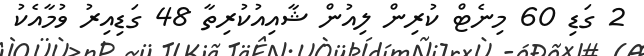
2 ގަޑި 60 މިނެޓް ކުރިން ލިއުން ޝާއިއުކުރިތާ 48 ގަޑިއިރު ވުމާއެކު